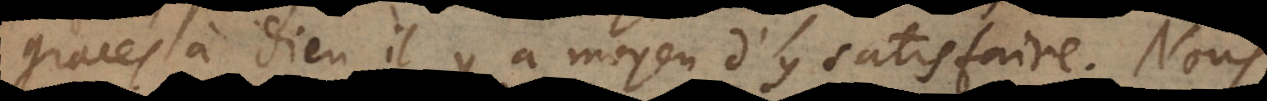
graces à Dieu il y a moyen d’y satisfaire.